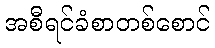
အစီရင်ခံစာတစ်စောင်